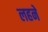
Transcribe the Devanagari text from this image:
लहने